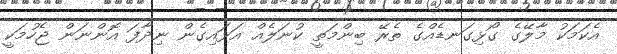
އެކަމަކު މާލޭގެ ގޯޅިގަނޑެއްގެ ތެރޭ ބިންމަތީ ކުނަލެއް އަޅައިގެން ނިދާފަ އޮންނަން ޖެހުމަކީ